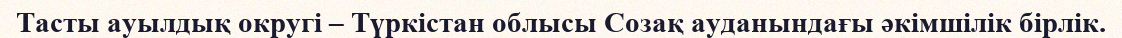
Тасты ауылдық округі – Түркістан облысы Созақ ауданындағы әкімшілік бірлік.